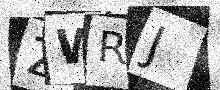
Text: ZWRJ